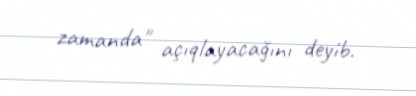
zamanda" açıqlayacağını deyib.